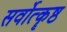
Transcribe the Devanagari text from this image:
सर्वोत्कॄष्ठ